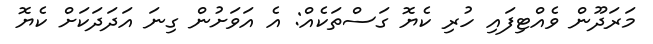
މަރަދޫން ވެއްޓިފައި ހުރި ކެޔޮ ގަސްތަކެއް: އެ އަވަށުން ގިނަ އަދަދަކަށް ކެޔޮ